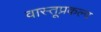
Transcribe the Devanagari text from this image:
वास्तूप्रकल्प